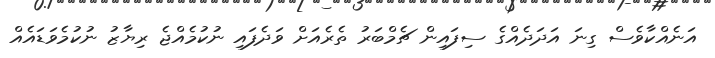
އަނެއްކާވެސް ގިނަ އަދަދެއްގެ ސިފައިން ޗެމްބަރު ތެރެއަށް ވަދެފައި ނުކުމެއްޖެ ރިޔާޒު ނުކުމެވަޑައެއް